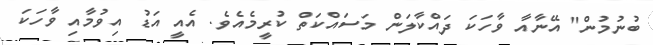
ބުނުމުން" އޭނާއާ ވާހަކަ ދައްކާލަން މަސައްކަތް ކުރީމެއެވެ. އެއީ އަޑު އިވުމާއި ވާހަކަ